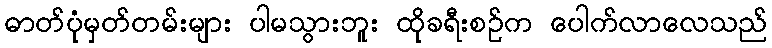
ဓာတ်ပုံမှတ်တမ်းများ ပါမသွားဘူး ထိုခရီးစဉ်က ပေါက်လာလေသည်